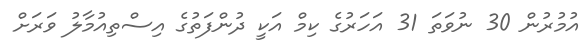
އުމުރުން 30 ނުވަތަ 31 އަހަރުގެ ކިމް އަކީ ދުންފަތުގެ އިސްތިއުމާލު ވަރަށް